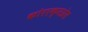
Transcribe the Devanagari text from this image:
कोरएक्सप्रेस